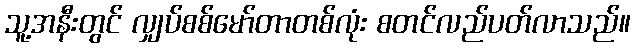
သူ့အနီးတွင် လျှပ်စစ်မော်တာတစ်လုံး စတင်လည်ပတ်လာသည်။